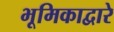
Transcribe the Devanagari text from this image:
भूमिकाद्वारे